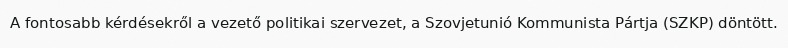
A fontosabb kérdésekről a vezető politikai szervezet, a Szovjetunió Kommunista Pártja (SZKP) döntött.